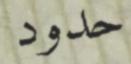
حدود